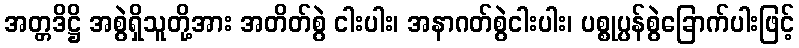
အတ္တဒိဋ္ဌိ အစွဲရှိသူတို့အား အတိတ်စွဲ ငါးပါး၊ အနာဂတ်စွဲငါးပါး၊ ပစ္စုပ္ပန်စွဲခြောက်ပါးဖြင့်